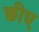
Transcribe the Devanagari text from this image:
छीए